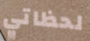
لحظاتي